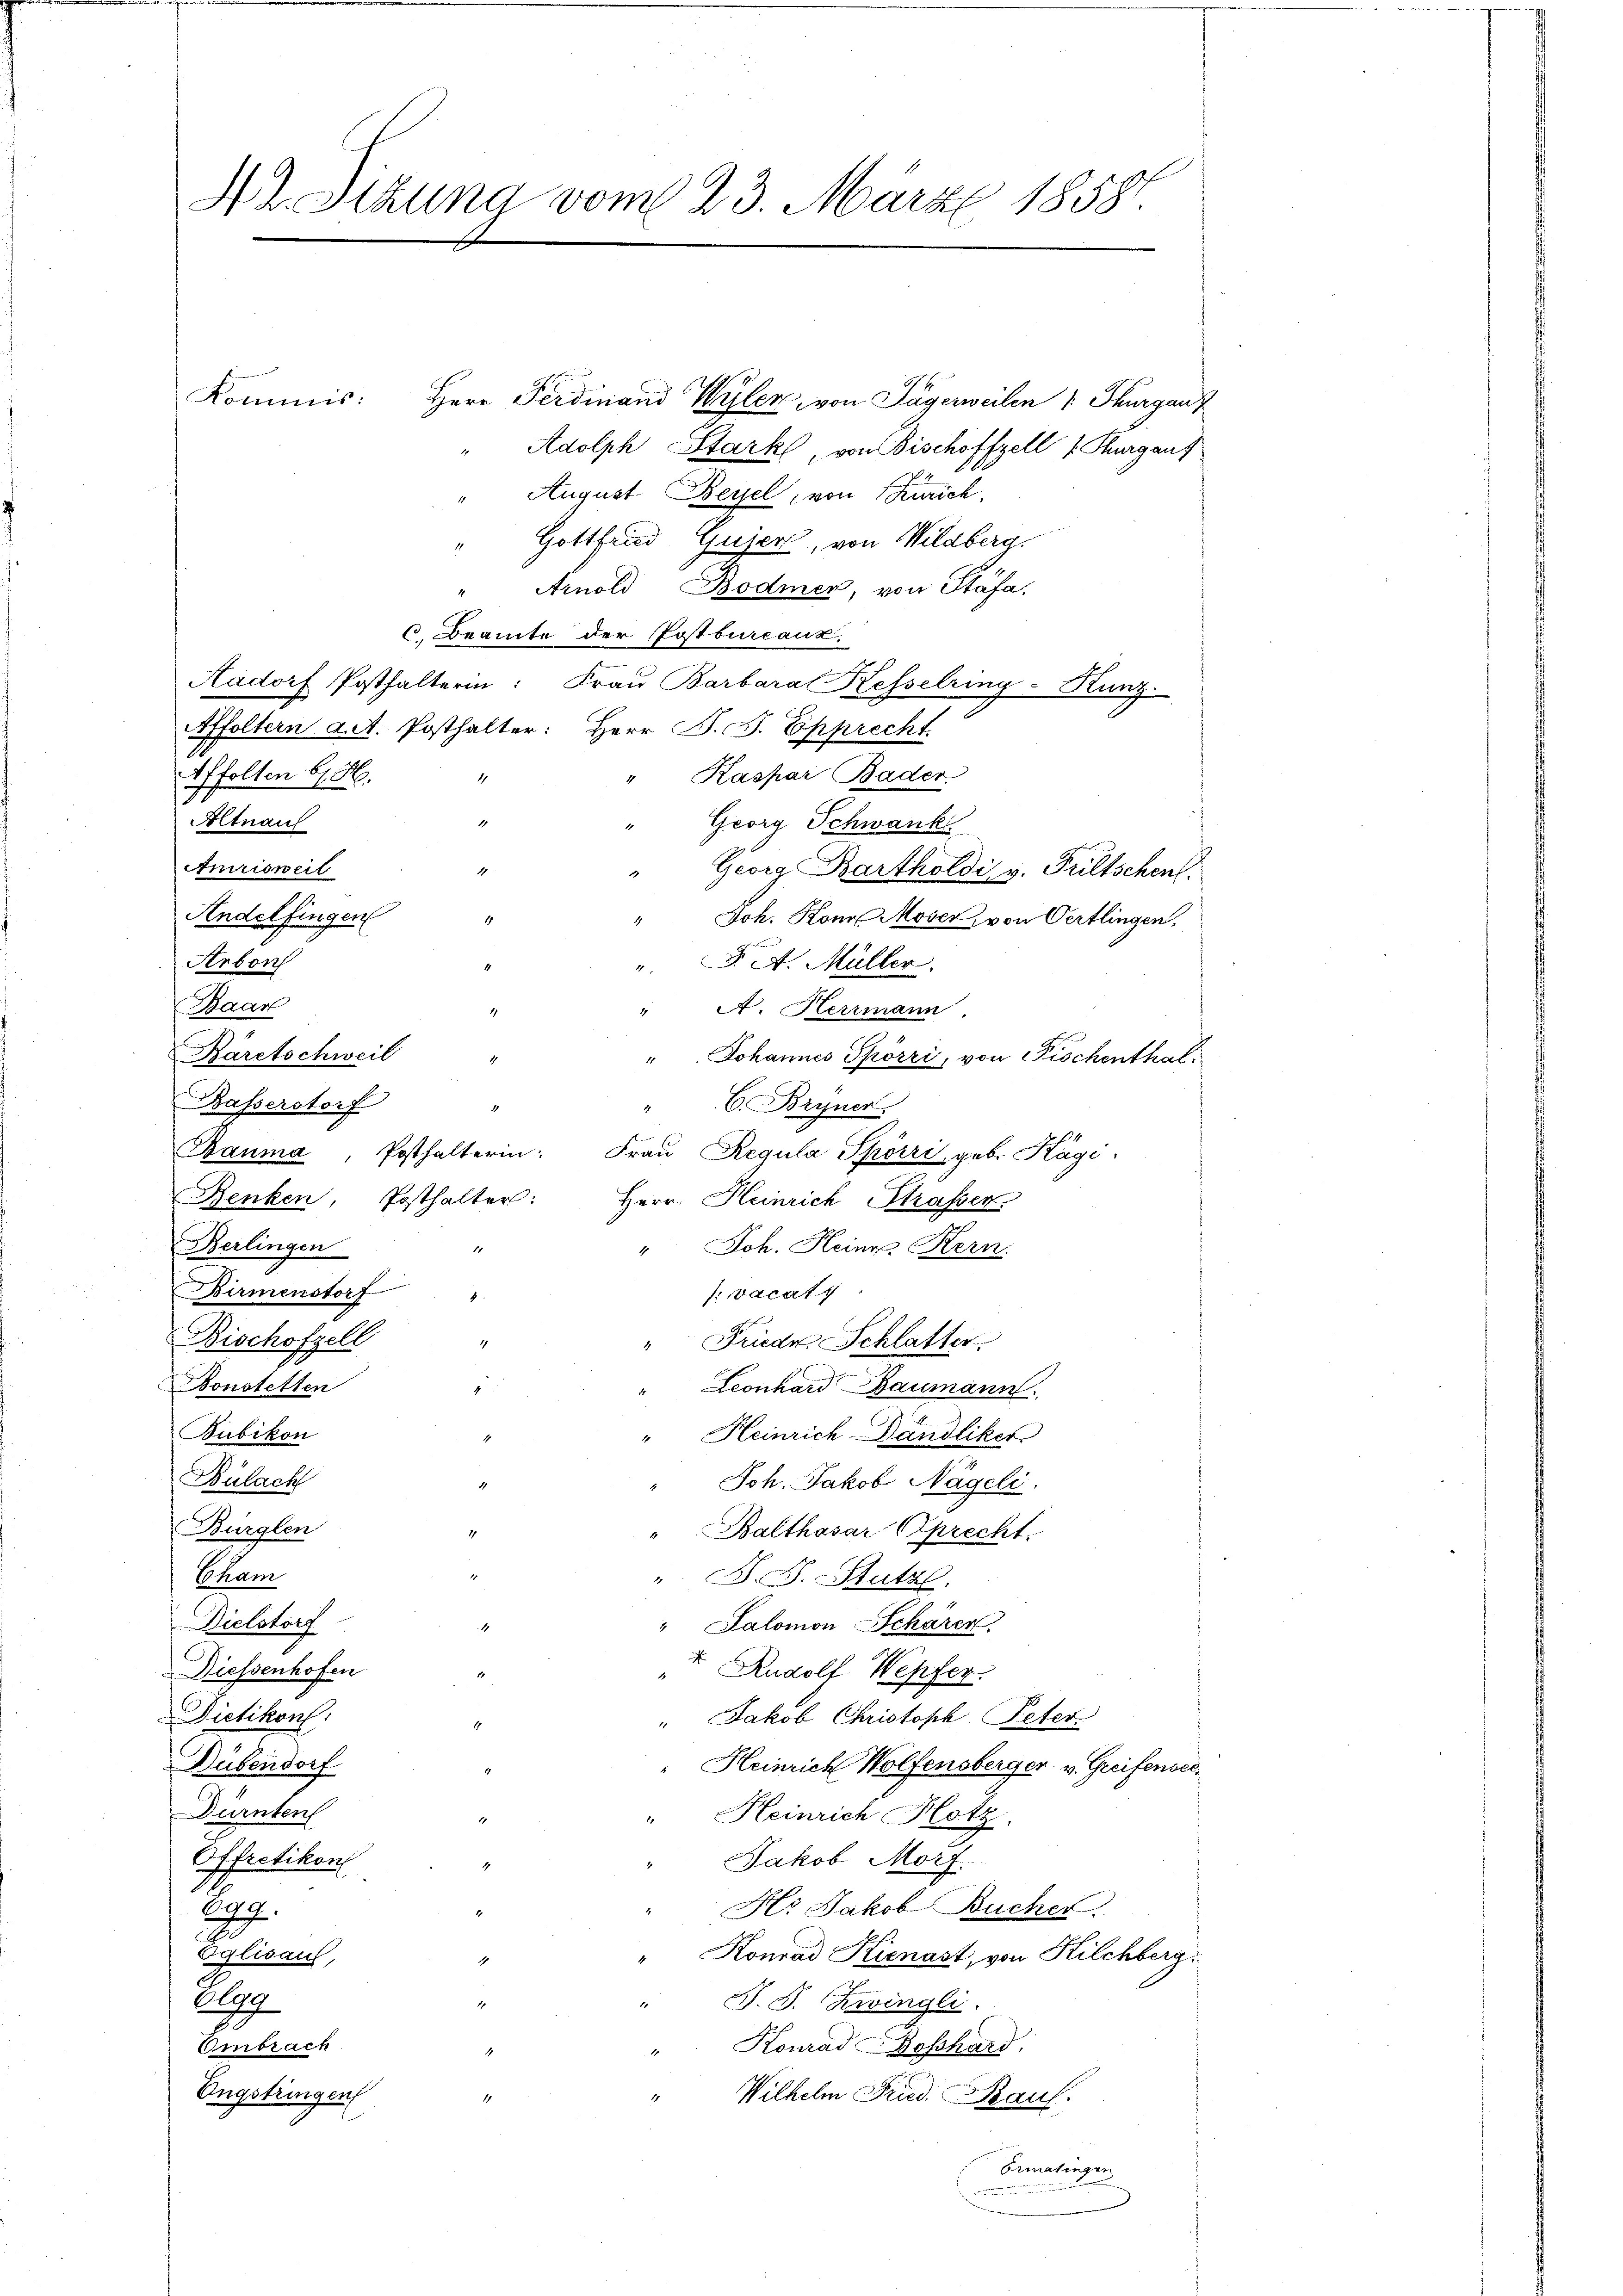
42. Sitzung vom 23. März 18581

Herr Ferdinand Wüler, von Tägerweilen v Thurgauf
Adolph Stark, von Bischöffzell u. Thurgauf
August. Beyel, von Zürich.
Gottfried Gujer, von Wildberg.
Arnold Bodmer, von Stäfa.
C. Beamte der Postbureaux,
Aadorf Posthalterin: Frau Barbara Kesselring-Kunz.
Affoltern dat. Posthalter: Herr B. J. Epprecht
Kaspar Bader
Affolten b. H.
Altnauf
Georg Schwank
Amrisweil
" Georg Bartholdi v. Fultschen.
Andelfingen
" Joh. Kona Moser, von Oertlingen,
Arbon
". N. N. Müller.
Haar
" A. Herrmann,
Bäretschweil
" Johannes Spörri, von Fischenthal¬
"C. Bryner
Basserstorf
Bauma, Posthalterin: Frau Regula Spörri, geb. Kägi,
Renken, Posthalter: Herr Heinrich Strasser
Berlingen
" Joh. Heine Kern
Birmenstorf
: vacat
Bischofzell
.
" Friedr. Schlatter
7
Konstetten
Leonhard Baumann.
Bubikon
" Heinrich Dändliker
Bülach
Joh. Jakob Nägeli,
Bürglen
"Balthasar Sprecht.
Cham
" B. J. Stutze,
Dielstorf
" Salomon Schärer
Diessenhofen
t Rudolf Wepfer.
Dietikon.
" Jakob Christoph Peter
Dübendorf
" Heinrich Wolfensberger v. Greifensee¬
Dürnten
" Heinrich Hotz
Offretikon
Jakob Morf.
Hr Jakob Bucher.
Egg.
Eglisaul,
" Konrad Kienast, von Kilchberg:
eg
" J. J. Zwingli
Embrach
" Konrad Boßhard.
Ungstringen
Wilhelm Fried. Kauf.
Ormatingen

Kommis: